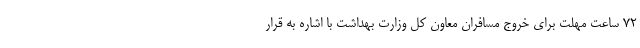
72 ساعت مهلت برای خروج مسافران معاون کل وزارت بهداشت با اشاره به قرار